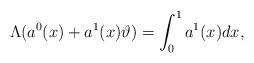
LaTeX: \begin{align*} \Lambda(a^0(x) + a^1(x)\vartheta) = \int_0^1 a^1(x)dx,\end{align*}